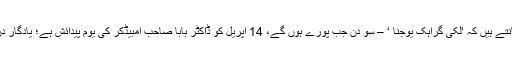
آپ جانتے ہیں کہ ‘لکی گراہک یوجنا ‘ – سو دن جب پورے ہوں گے، 14 اپریل کو ڈاکٹر بابا صاحب امبیڈکر کی یوم پیدائش ہے؛ یادگار دن ہے۔